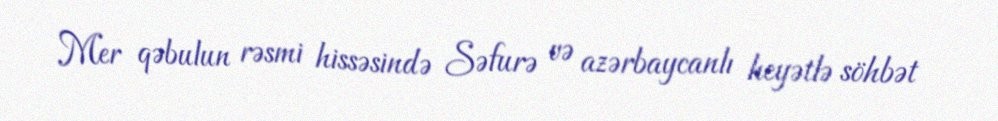
Mer qəbulun rəsmi hissəsində Səfurə və azərbaycanlı heyətlə söhbət